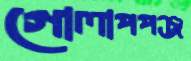
গোলাপপঞ্জ